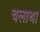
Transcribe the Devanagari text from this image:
चलाथा